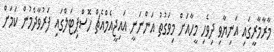
މާރާމާރީގައި އަނިޔާވި ދިވެހި މީހާއަށް މިވަގުތު އަންނަނީ އައިޖީއެމްއެޗް ހޮސްޕިޓަލްގައި ފަރުވާދެމުން ކަމަށް